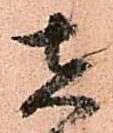
在